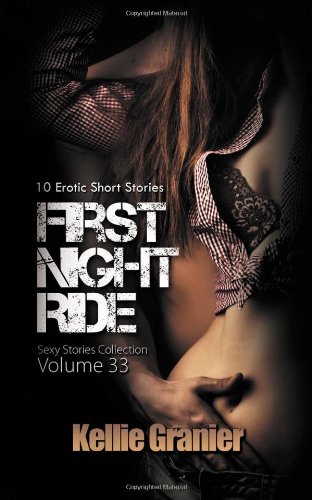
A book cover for First Night Ride: 10 Erotic Short Stories (Sexy Stories Collection) (Volume 33); Kellie Granier; Romance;